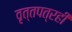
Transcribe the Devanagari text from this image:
वृत्तपत्रही